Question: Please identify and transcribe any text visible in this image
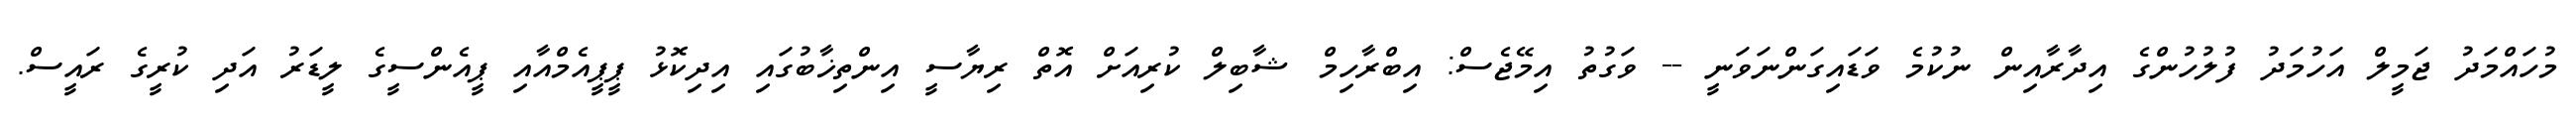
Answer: މުހައްމަދު ޖަމީލް އަހުމަދު ފުލުހުންގެ އިދާރާއިން ނުކުމެ ވަޑައިގަންނަވަނީ -- ވަގުތު އިމޭޖެސް: އިބްރާހިމް ޝާބިލް ކުރިއަށް އޮތް ރިޔާސީ އިންތިޚާބުގައި އިދިކޮޅު ޕީޕީއެމްއާއި ޕީއެންސީގެ ލީޑަރު އަދި ކުރީގެ ރައީސް.